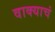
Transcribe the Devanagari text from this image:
वाक्याचं